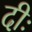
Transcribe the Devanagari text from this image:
दीः